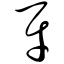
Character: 财